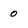
Character: 0